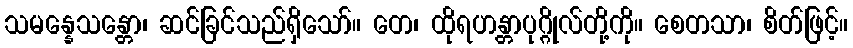
သမန္နေသန္တော၊ ဆင်ခြင်သည်ရှိသော်။ တေ၊ ထိုရဟန္တာပုဂ္ဂိုလ်တို့ကို။ စေတသာ၊ စိတ်ဖြင့်။